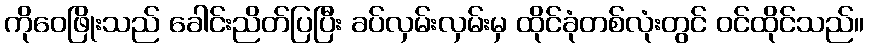
ကိုဝေဖြိုးသည် ခေါင်းညိတ်ပြပြီး ခပ်လှမ်းလှမ်းမှ ထိုင်ခုံတစ်လုံးတွင် ဝင်ထိုင်သည်။